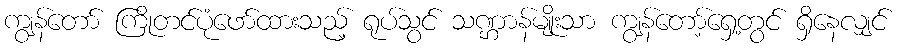
ကျွန်တော် ကြိုတင်ပုံဖော်ထားသည့် ရုပ်သွင် သဏ္ဌာန်မျိုးသာ ကျွန်တော့်ရှေ့တွင် ရှိနေလျှင်